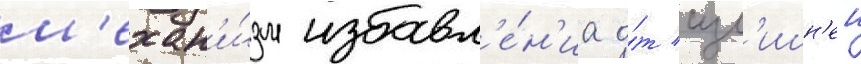
м'ехан'и́зм избавл'е́н'иа о́т изл'ишн'еи